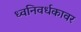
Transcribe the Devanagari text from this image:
ध्वनिवर्धकावर